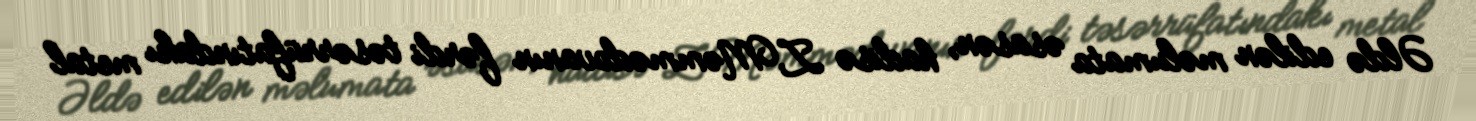
Əldə edilən məlumata əsasən, hadisə Z.Məmmədovanın fərdi təsərrüfatındakı metal